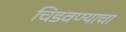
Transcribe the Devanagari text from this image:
चिडवण्याचा